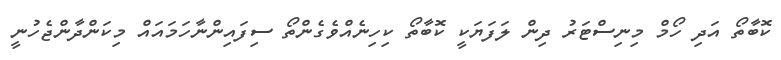
ކޮބާތޯ އަދި ހޯމް މިނިސްޓަރު ދިން ލަފަޔަކީ ކޮބާތޯ ކިހިނެއްވެގެންތޯ ސިފައިންނާހަމައައް މިކަންދާންޖެހުނީ